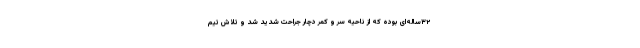
۳۲ساله‌ای بوده که از ناحیه سر و کمر دچار جراحت شدید شد و تلاش تیم